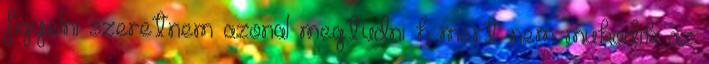
figyelni szeretnem azonal megtudni h mert nem mukodik az